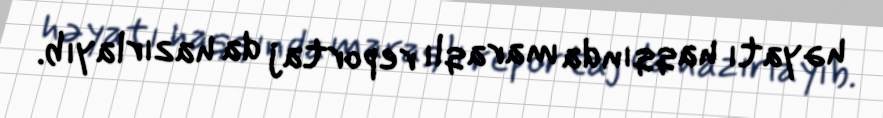
həyatı haqqında maraqlı reportaj da hazırlayıb.